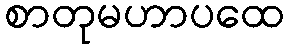
စာတုမဟာပထေ